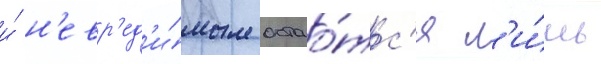
и́ н'евр'ед'и́мым остао́тс'я л'и́шь